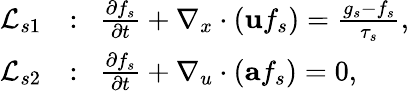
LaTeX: \begin{array}{rl}{\mathcal{L}_{s1}}&{:~~\frac{\partial f_{s}}{\partial t}+\nabla_{x}\cdot\left(\textbf{u}f_{s}\right)=\frac{g_{s}-f_{s}}{\tau_{s}},}\\ {\mathcal{L}_{s2}}&{:~~\frac{\partial f_{s}}{\partial t}+\nabla_{u}\cdot\left(\textbf{a}f_{s}\right)=0,}\end{array}